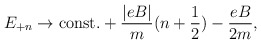
\begin{align*}E_{+n} \rightarrow {\rm const.} + \frac{|eB|}{m} (n+{1 \over 2}) -\frac{eB}{2m},\end{align*}